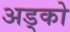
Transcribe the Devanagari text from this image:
अड्को